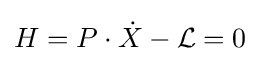
H=P\cdot {\dot {X}}-{\mathcal {L}}=0